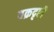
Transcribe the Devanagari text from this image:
वक्रदृष्टी